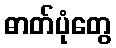
ဓာတ်ပုံတွေ